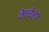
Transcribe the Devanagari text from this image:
केचेहरे